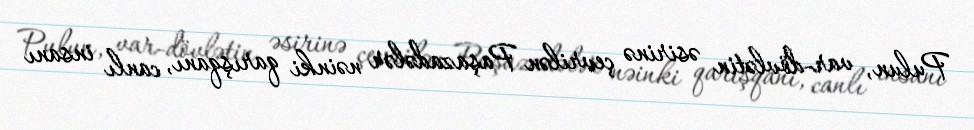
Pulun, var-dövlətin əsirinə çevrilən Paşazadələr nəinki qarışqanı, canlı insanı